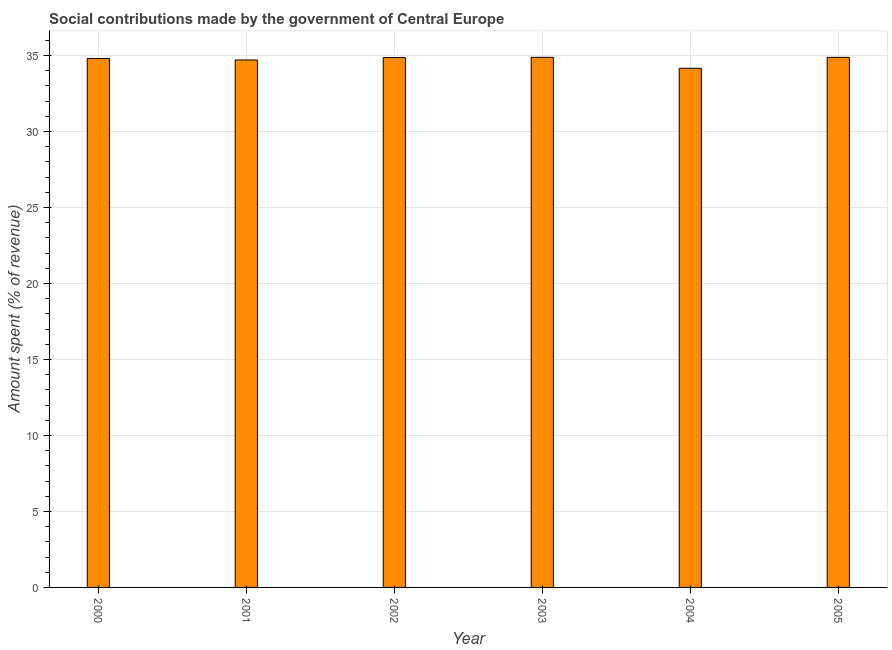
| Year | Social contributions |
 | --- | --- |
 | 2000 | 34.8 |
 | 2001 | 34.7 |
 | 2002 | 34.9 |
 | 2003 | 34.9 |
 | 2004 | 34.2 |
 | 2005 | 34.9 |